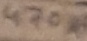
Text: 470µF